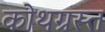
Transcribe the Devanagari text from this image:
कोथग्रस्त